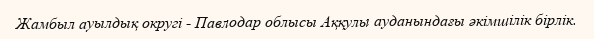
Жамбыл ауылдық округі - Павлодар облысы Аққулы ауданындағы әкімшілік бірлік.